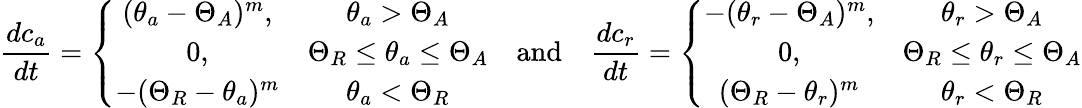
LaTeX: \frac{dc_{a}}{dt}=\left\{ \begin{array}{cc}{(\theta_{a}-\Theta_{A})^{m},}&{\theta_{a}>\Theta_{A}}\\ {0,}&{\Theta_{R}\leq\theta_{a}\leq\Theta_{A}}\\ {-(\Theta_{R}-\theta_{a})^{m}}&{\theta_{a}<\Theta_{R}}\end{array}\right.\quad\textrm{and}\quad\frac{dc_{r}}{dt}=\left\{ \begin{array}{cc}{-(\theta_{r}-\Theta_{A})^{m},}&{\theta_{r}>\Theta_{A}}\\ {0,}&{\Theta_{R}\leq\theta_{r}\leq\Theta_{A}}\\ {(\Theta_{R}-\theta_{r})^{m}}&{\theta_{r}<\Theta_{R}}\end{array}\right.